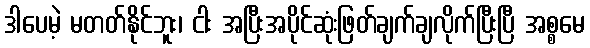
ဒါပေမဲ့ မတတ်နိုင်ဘူး၊ ငါး အပြီးအပိုင်ဆုံးဖြတ်ချက်ချလိုက်ပြီးပြီ အစ္စမေ